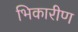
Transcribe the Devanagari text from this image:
भिकारीण